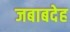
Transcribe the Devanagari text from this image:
जबाबदेह